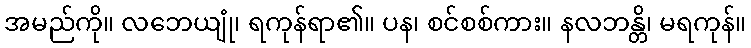
အမည်ကို။ လဘေယျုံ၊ ရကုန်ရာ၏။ ပန၊ စင်စစ်ကား။ နလဘန္တိ၊ မရကုန်။